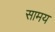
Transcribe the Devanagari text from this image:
सामय